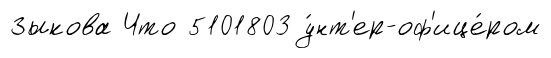
Зыкова Что 5101803 у́нт'ер-оф'ице́ром